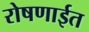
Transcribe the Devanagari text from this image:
रोषणाईत